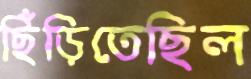
ছিঁড়িতেছিল